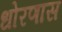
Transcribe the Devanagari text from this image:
धोरणास